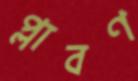
প্লাবণ